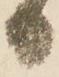
日